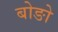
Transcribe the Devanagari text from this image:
बोङो